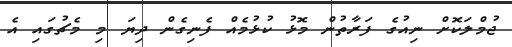
ޖުމްލަކޮށް ނިއުގެ ފަރާތުން މޮޅު ކުޅުމެއް ފެނިގެން ދިޔަ މި މެޗުގައި އެ